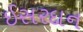
ઈસરદાન